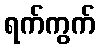
ရက်ကွက်